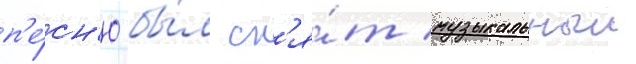
п'е́сн'ю бы́л сн'я́т музыкальныи